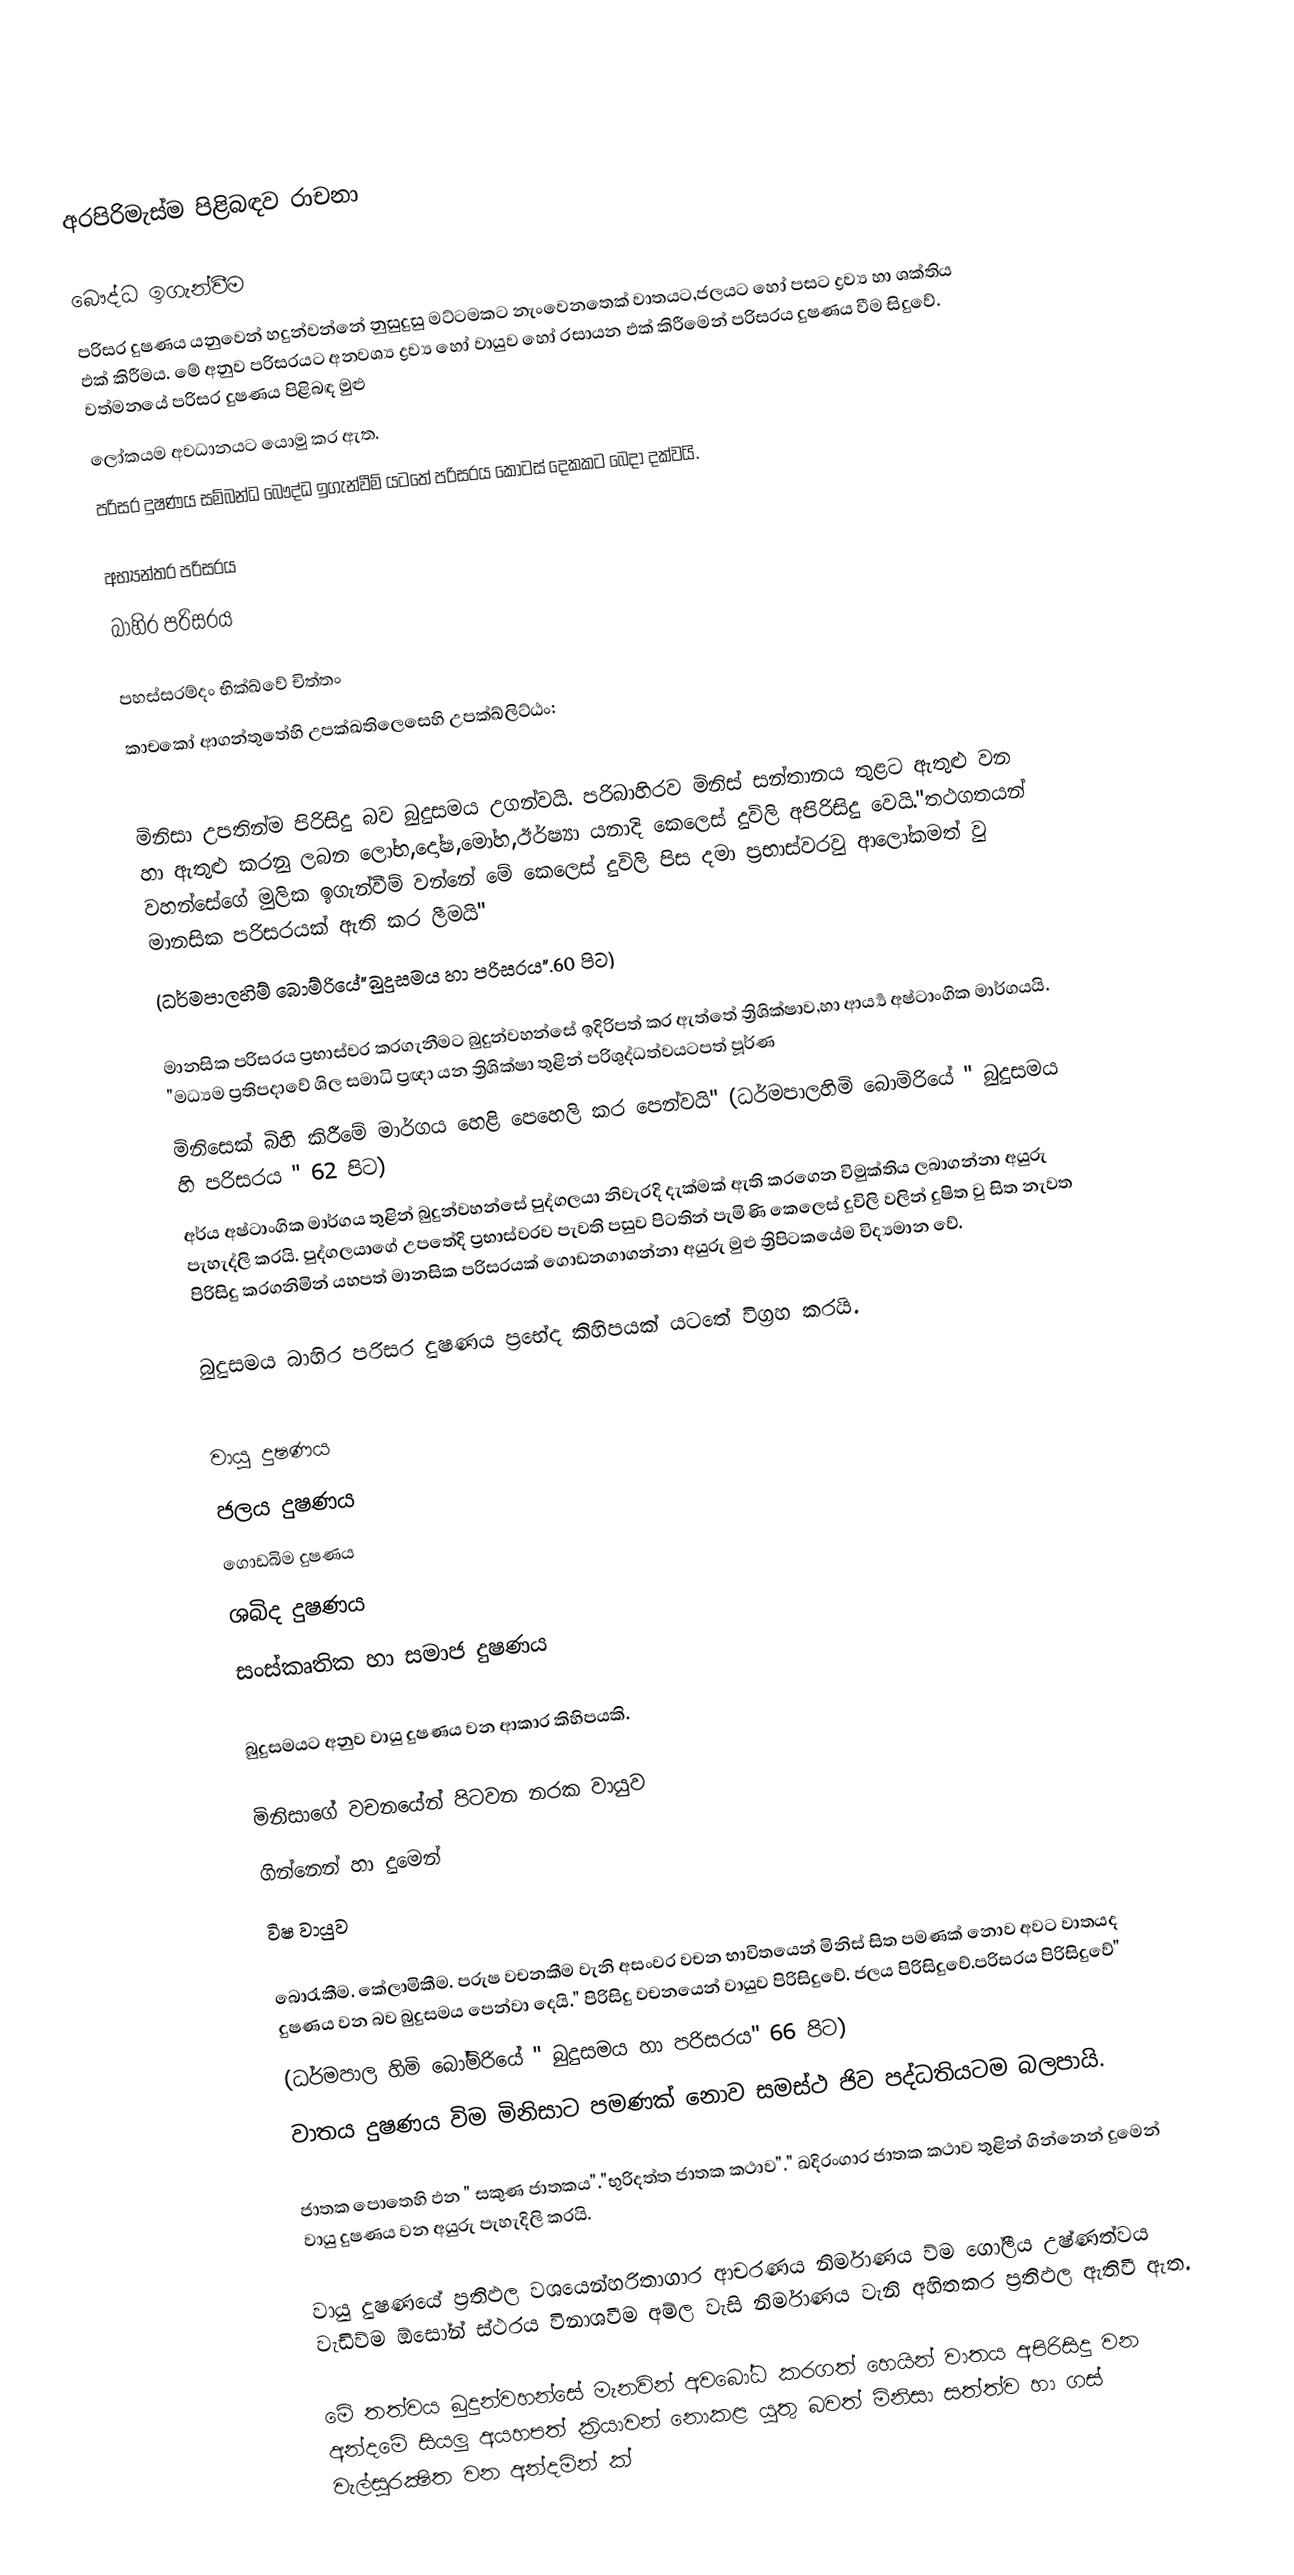

අරපිරිමැස්ම පිළිබඳව රාචනා

බෞද්ධ ඉගැන්වීම
පරිසර දුෂණය යනුවෙන් හදුන්වන්නේ නුසුදුසු මට්ටමකට නැංවෙනතෙක් වාතයට,ජලයට හෝ පසට ද්‍රව්‍ය හා ශක්තිය ඵක් කිරීමය. මේ අනුව පරිසරයට අනවශ්‍ය ද්‍රව්‍ය හෝ වායුව හෝ රසායන ඵක් කිරීමෙන් පරිසරය දුෂණය වීම සිදුවේ. වත්මනයේ පරිසර දුෂණය පිළිබඳ මුළු
ලෝකයම අවධානයට යොමු කර ඇත.
	පරිසර දුෂණය සම්බන්ධ බෞද්ධ ඉගැන්වීම් යටතේ පරිසරය කොටස් දෙකකට බෙදා දක්වයි.

අභ්‍යන්තර පරිසරය
බාහිර පරිසරය

පහස්සරම්දං භික්ඛ්වේ චිත්තං
කාචකෝ ආගන්තුතේහි උපක්ඛතිලෙසෙහි උපක්ඛ්ලිට්ඨං:

මිනිසා උපතින්ම පිරිසිදු බව බුදුසමය උගන්වයි. පරිබාහිරව මිනිස් සන්තානය තුළට ඇතුළු වන හා ඇතුළු කරනු ලබන ලෝභ,දෝෂ,මෝහ,ඊර්ෂ්‍යා යනාදි කෙලෙස් දුවිලි අපිරිසිදු වෙයි."තථගතයන් වහන්සේගේ මුලික ඉගැන්වීම් වන්නේ මේ කෙලෙස් දුවිලි පිස දමා ප්‍රභාස්වරවු ආලෝකමත් වු මානසික පරිසරයක් ඇති කර ලීමයි"
(ධර්මපාලහිම් බොම්රියේ"බුදුසමය හා පරිසරය".60 පිට)

මානසික පරිසරය ප්‍රභාස්වර කරගැනීමට බුදුන්වහන්සේ ඉදිරිපත් කර ඇත්තේ ත්‍රිශික්ෂාව,හා ආර්‍ය්‍ය අෂ්ටාංගික මාර්ගයයි. "මධ්‍යම ප්‍රතිපදාවේ ශිල සමාධි ප්‍රඥා යන ත්‍රිශික්ෂා තුළින් පරිශුද්ධත්වයටපත් පූර්ණ
මිනිසෙක් බිහි කිරීමේ මාර්ගය හෙළි පෙහෙලි කර පෙන්වයි" (ධර්මපාලහිමි බොමිරියේ " බුදුසමය හි පරිසරය " 62 පිට)
අර්ය අෂ්ටාංගික මාර්ගය තුළින් බුදුන්වහන්සේ පුද්ගලයා නිවැරදි දැක්මක් ඇති කරගෙන විමුක්තිය ලබාගන්නා අයුරු පැහැද්ලි කරයි. පුද්ගලයාගේ උපතේදි ප්‍රභාස්වරව පැවති පසුව පිටතින් පැමිණි කෙලෙස් දුවිලි වලින් දුෂිත වු සිත නැවත පිරිසිදු කරගනිමින් යහපත් මානසික පරිසරයක් ගොඩනගාගන්නා අයුරු මුළු ත්‍රිපිටකයේම විද්‍යමාන වේ.

බුදුසමය බාහිර පරිසර දුෂණය ප්‍රභේද කිහිපයක් යටතේ විග්‍රහ කරයි.

වායු දුෂණය
ජලය දුෂණය
ගොඩබිම දුෂණය
ශබිද දුෂණය
සංස්කෘතික හා සමාජ දුෂණය

බුදුසමයට අනුව වායු දුෂණය වන ආකාර කිහිපයකි.

මිනිසාගේ වචනයේන් පිටවන නරක වායුව
ගින්නෙන් හා දුමෙන්
විෂ වායුව

බොරැකීම. කේලාමිකීම. පරුෂ වචනකීම වැනි අසංවර වචන භාවිතයෙන් මිනිස් සිත පමණක් නොව අවට වාතයද දුෂණය වන බව බුදුසමය පෙන්වා දෙයි." පිරිසිදු වචනයෙන් වායුව පිරිසිදුවේ. ජලය පිරිසිදුවේ.පරිසරය පිරිසිදුවේ"
(ධර්මපාල හිමි බෝම්රියේ " බුදුසමය හා පරිසරය" 66 පිට)
වාතය දුෂණය විම මිනිසාට පමණක් නොව සමස්ථ ජිව පද්ධතියටම බලපායි.

ජාතක පොතෙහි ඵන " සකුණ ජාතකය"."භුරිදත්ත ජාතක කථාව"." ඛදිරංගාර ජාතක කථාව තුළින් ගින්නෙන් දුමෙන් වායු දුෂණය වන අයුරු පැහැදිලි කරයි.

වායු දුෂණයේ ප්‍රතිඵල වශයෙන්හරිතාගාර ආචරණය නිර්මාණය ව්ම ගෝලීය උෂ්ණත්වය වැඩිව්ම ඕසෝන් ස්ථරය විනාශවීම අම්ල වැසි නිර්මාණය වැනි අහිතකර ප්‍රතිඵල ඇතිවී ඇත.

මේ තත්වය බුදුන්වහන්සේ මැනවින් අවබෝධ කරගත් හෙයින්  වාතය අපිරිසිදු වන අන්දමේ සියලු අයහපත් ක්‍රියාවන් නොකළ යුතු බවත් මිනිසා සත්ත්ව හා ගස් වැල්සුරක්‍ෂිත වන අන්දමින් ක්